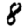
Digit: 8